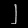
Digit: ၂